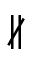
\nparallel